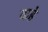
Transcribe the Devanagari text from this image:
दाहे